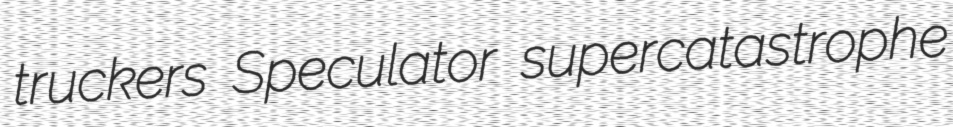
truckers Speculator supercatastrophe